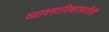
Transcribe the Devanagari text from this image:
व्यावसायिकांसाठीही